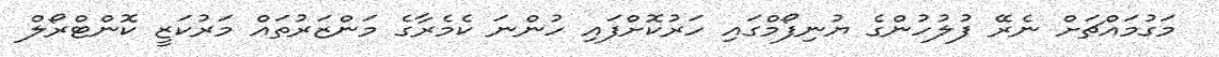
މަގުމައްޗަށް ނެރޭ ފުލުހުންގެ ޔުނިފޯމްގައި ހަރުކޮށްފައި ހުންނަ ކެމެރާގެ މަންޒަރުތައް މަރުކަޒީ ކޮންޓްރޯލް